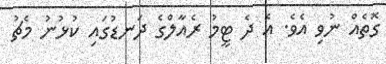
ގޮތެއް ނުވި އެވެ. އެ ދެ ޓީމު ރެއާލްގެ ދަނޑުގައި ކުޅުނު މެޗު